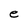
Character: e